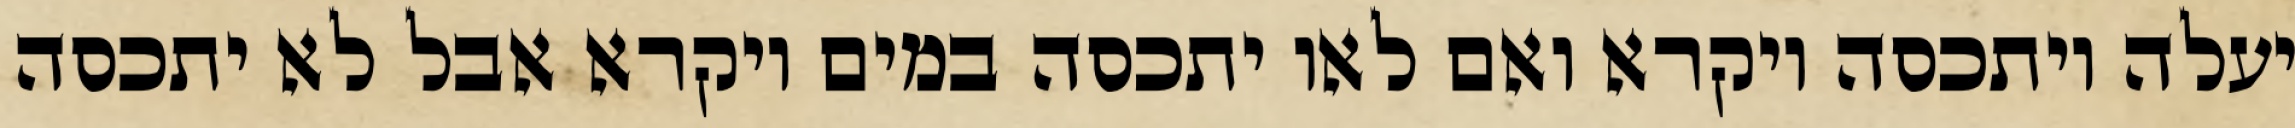
יעלה ויתכסה ויקרא ואם לאו יתכסה במים ויקרא אבל לא יתכסה